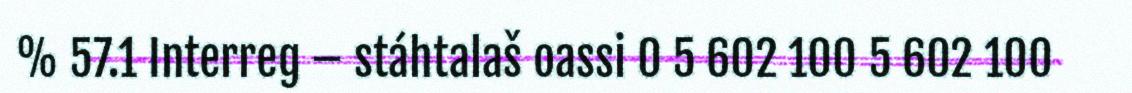
% 57.1 Interreg – stáhtalaš oassi 0 5 602 100 5 602 100